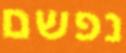
נפשם